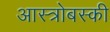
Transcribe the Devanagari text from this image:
आस्त्रोबस्की